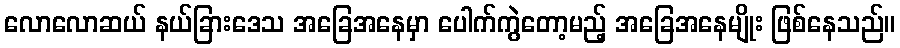
လောလောဆယ် နယ်ခြားဒေသ အခြေအနေမှာ ပေါက်ကွဲတော့မည့် အခြေအနေမျိုး ဖြစ်နေသည်။